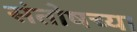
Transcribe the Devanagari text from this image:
संतोषच्या